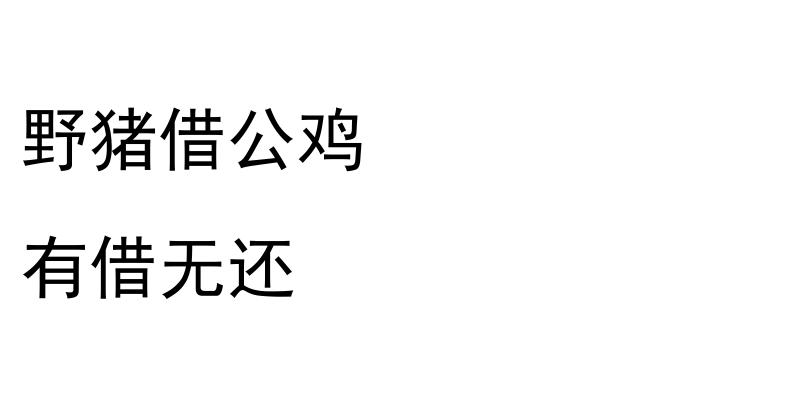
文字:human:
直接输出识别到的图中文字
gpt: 野猪借公鸡 有借无还